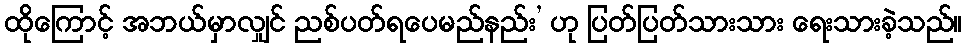
ထိုကြောင့် အဘယ်မှာလျှင် ညစ်ပတ်ရပေမည်နည်း’ ဟု ပြတ်ပြတ်သားသား ရေးသားခဲ့သည်။